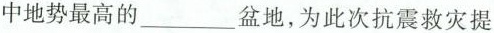
中地势最高的___盆地，为此次抗震救灾提